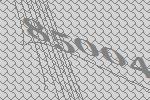
85004